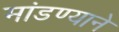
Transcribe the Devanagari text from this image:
मांडण्याने